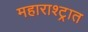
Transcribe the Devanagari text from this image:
महाराश्ट्रात